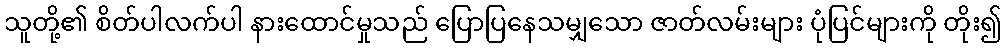
သူတို့၏ စိတ်ပါလက်ပါ နားထောင်မှုသည် ပြောပြနေသမျှသော ဇာတ်လမ်းများ ပုံပြင်များကို တိုး၍